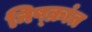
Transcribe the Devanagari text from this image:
निष्क्रांत